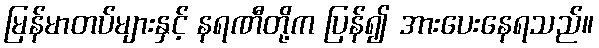
မြန်မာတပ်များနှင့် နရဏီတို့က ပြန်၍ အားပေးနေရသည်။